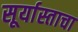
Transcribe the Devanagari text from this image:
सूर्यास्ताचा